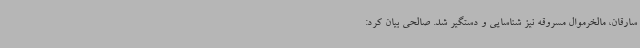
سارقان، مالخرموال مسروقه نیز شناسایی و دستگیر شد. صالحی بیان کرد: